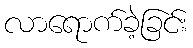
လာရောက်ခဲ့ခြင်း